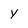
Character: y